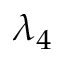
\lambda _ { 4 }